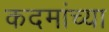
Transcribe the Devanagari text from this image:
कदमांच्या